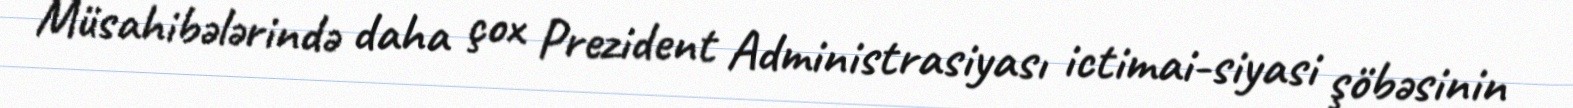
Müsahibələrində daha çox Prezident Administrasiyası ictimai-siyasi şöbəsinin